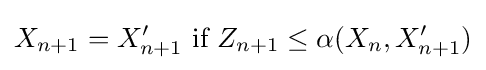
X_{n+1}=X'_{n+1}{\text{ if }}Z_{n+1}\leq \alpha (X_{n},X'_{n+1})